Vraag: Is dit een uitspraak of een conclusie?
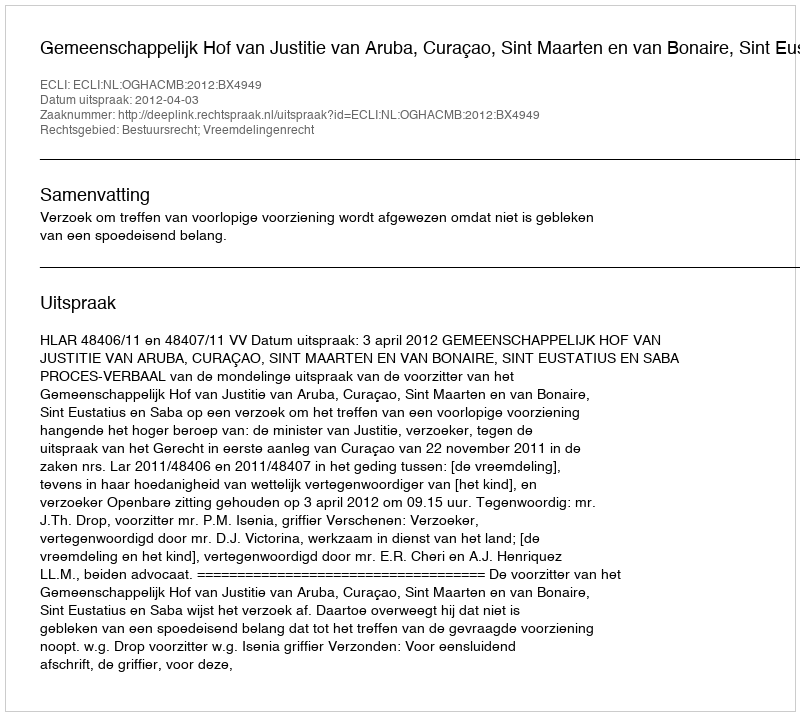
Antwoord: Uitspraak